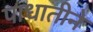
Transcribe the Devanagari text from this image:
पाधातीने